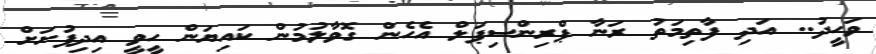
ވަހީދު.. އަދި ފާތިމަތު ރަނާ ޕްރިންސިޕަލް އެހެން ގޮވާލުމުން ކައިޔަން ހީވީ އިދިފުށަށް